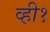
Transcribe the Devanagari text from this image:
व्ही१